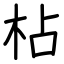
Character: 枮